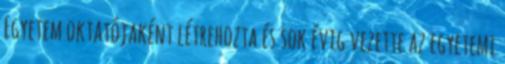
Egyetem oktatójaként létrehozta és sok évig vezette az egyetemi